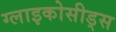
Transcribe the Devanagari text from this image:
ग्लाइकोसीड्स